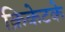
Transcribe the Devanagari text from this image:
क्रिकेटके